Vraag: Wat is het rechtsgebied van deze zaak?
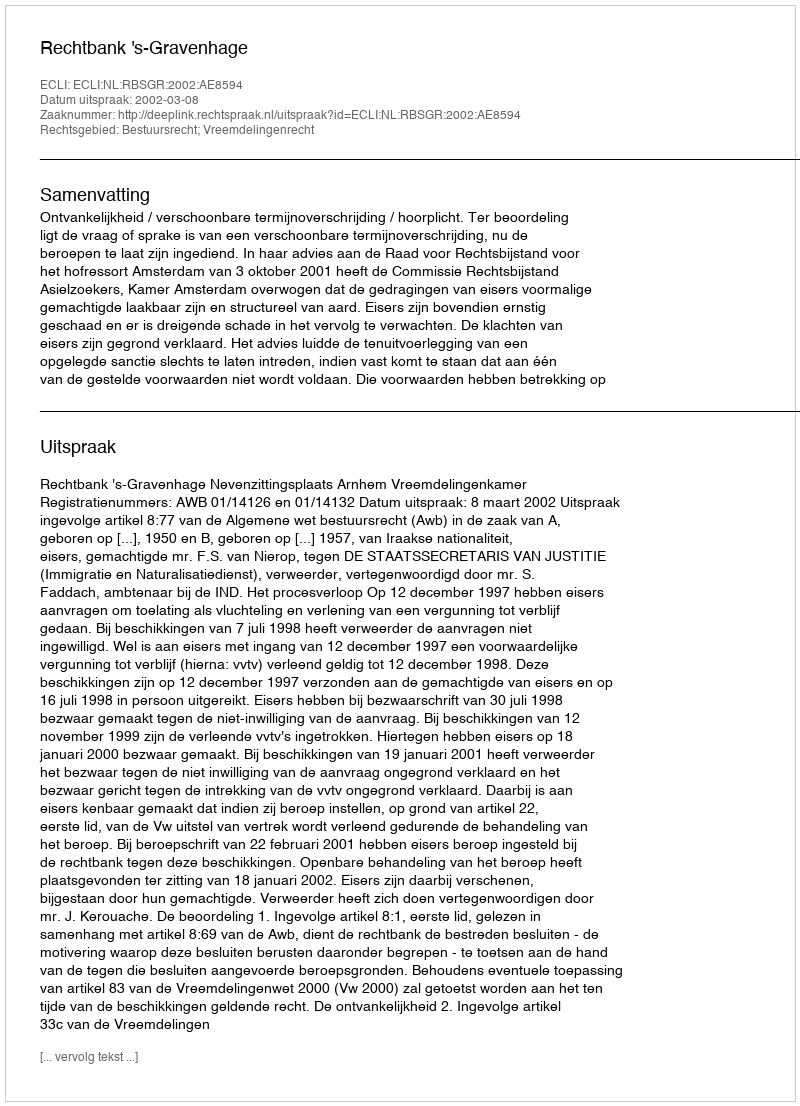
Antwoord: Bestuursrecht; Vreemdelingenrecht